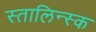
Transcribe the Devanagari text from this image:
स्तालिन्स्क